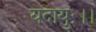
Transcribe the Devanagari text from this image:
यदायुः।।